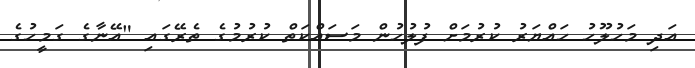
އަދި މަހުލޫހު ހައްޔަރު ކުރުމަށް ފުލުހުން މަސައްކަތް ކުރުމުގެ ތެރޭގައި "އޭނާގެ ގަމީހުގެ